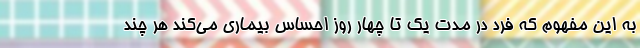
به این مفهوم که فرد در مدت یک تا چهار روز احساس بیماری می‌کند هر چند